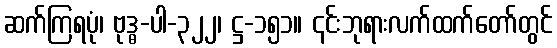
ဆက်ကြရပုံ၊ ဗုဒ္ဓ-ပါ-၃၂၂၊ ဋ္ဌ-၁၅၁။ ၎င်းဘုရားလက်ထက်တော်တွင်